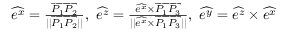
\begin{array} { r } { \widehat { e ^ { x } } = \frac { \overrightarrow { P _ { 1 } P _ { 2 } } } { \vert \vert \overrightarrow { P _ { 1 } P _ { 2 } } \vert \vert } , \ \widehat { e ^ { z } } = \frac { \widehat { e ^ { x } } \times \overrightarrow { P _ { 1 } P _ { 3 } } } { \vert \vert \widehat { e ^ { x } } \times \overrightarrow { P _ { 1 } P _ { 3 } } \vert \vert } , \ \widehat { e ^ { y } } = \widehat { e ^ { z } } \times \widehat { e ^ { x } } } \end{array}